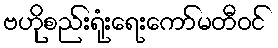
ဗဟိုစည်းရုံးရေးကော်မတီဝင်